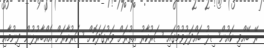
ރޭ ބޭއްވި ކައުންސިލު ބައްދަލުވުމުގައި ސަރުކާރު އިތުރަށް ވަރުގަދަކޮށް ސަރުކާރަށް އެއްބާރުލުން ދިނުމާއި